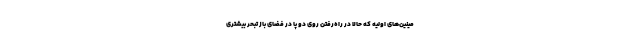
مینین‌های اولیه که حالا در راه‌رفتن روی دو پا در فضای باز تبحر بیشتری